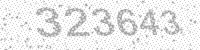
Solution: 323643